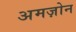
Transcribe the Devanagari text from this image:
अमज़ोन